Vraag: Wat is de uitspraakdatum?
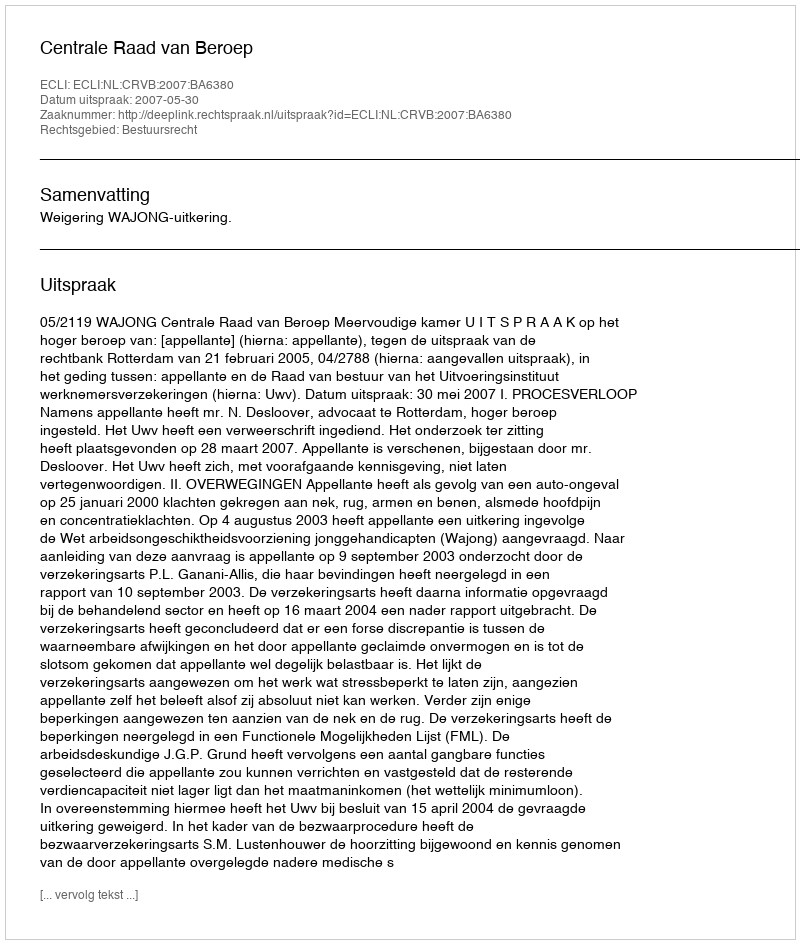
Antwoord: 2007-05-30